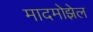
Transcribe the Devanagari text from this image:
मादमोझेल